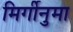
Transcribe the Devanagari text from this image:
मिर्गीनुमा